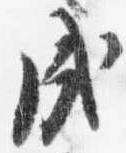
戌